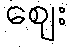
ဈေး